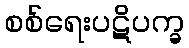
စစ်ရေးပဋိပက္ခ